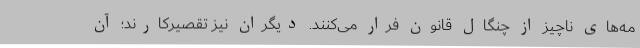
مه‌های ناچیز از چنگال قانون فرار می‌کنند. دیگران نیز تقصیرکارند؛ آن